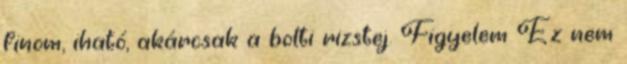
finom, iható, akárcsak a bolti rizstej. Figyelem Ez nem